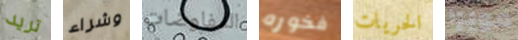
تريد وشراء المفاوضات فخوره الحريات مويرا